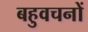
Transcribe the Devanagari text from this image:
बहुवचनों